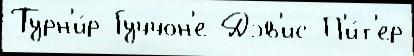
Турн'и́р Гуччон'е Дэв'ис П'и́т'ер